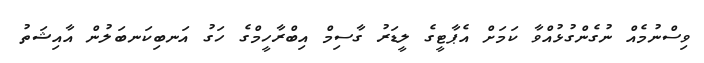
ވިސްނުމެއް ނުގެންގުޅުއްވާ ކަމަށް އެޕާޓީގެ ލީޑަރު ގާސިމް އިބްރާހީމްގެ ހަގު އަނބިކަނބަލުން އާއިޝަތު